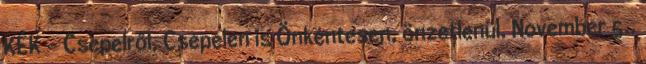
KÉK – Csepelről, Csepelen is Önkéntesen, önzetlenül. November 5.,